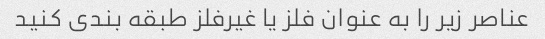
عناصر زیر را به عنوان فلز یا غیرفلز طبقه بندی کنید